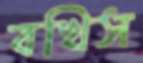
বখিস